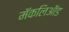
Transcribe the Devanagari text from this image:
मॅकलिऑड